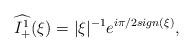
LaTeX: \begin{align*}\widehat{I_{+}^{1}}(\xi )=|\xi |^{-1}e^{i\pi /2sign(\xi )}, \end{align*}